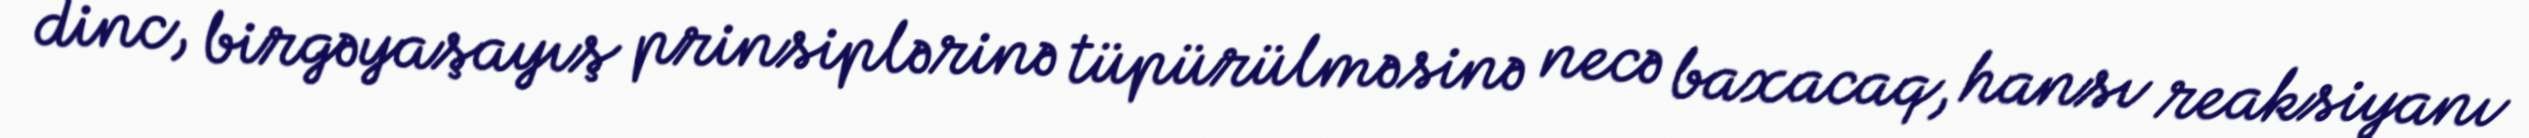
dinc, birgəyaşayış prinsiplərinə tüpürülməsinə necə baxacaq, hansı reaksiyanı